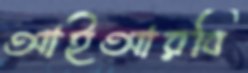
আইআরবি